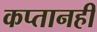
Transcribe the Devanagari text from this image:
कप्तानही